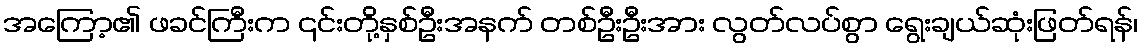
အကြော့၏ ဖခင်ကြီးက ၎င်းတို့နှစ်ဦးအနက် တစ်ဦးဦးအား လွတ်လပ်စွာ ရွေးချယ်ဆုံးဖြတ်ရန်၊